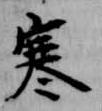
寒